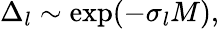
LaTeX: \Delta_{l}\sim\exp(-\sigma_{l}M),